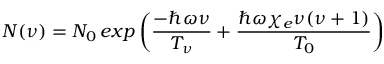
N ( \nu ) = N _ { 0 } \, e x p \left( \frac { - \hbar \omega \nu } { T _ { \nu } } + \frac { \hbar \omega \chi _ { e } \nu ( \nu + 1 ) } { T _ { 0 } } \right)